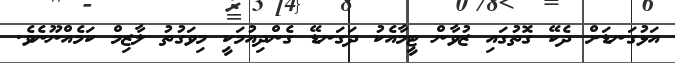
އަޅުގަނޑަށް ދެކޭ ގޮތުގައި ޒުވާން ޓީމާއެކު ދަގަނޑޭ ގެންދިއުމަކީ މިވަގުތު ލާޒިމް ކަމެއްނޫނެވެ.